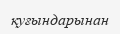
қуғындарынан